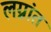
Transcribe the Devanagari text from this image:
लग्नांत